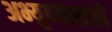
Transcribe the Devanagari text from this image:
अभ्युदयासाठी